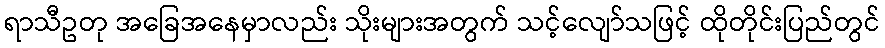
ရာသီဥတု အခြေအနေမှာလည်း သိုးများအတွက် သင့်လျော်သဖြင့် ထိုတိုင်းပြည်တွင်